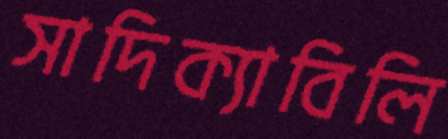
সাদিক্যাবিলি